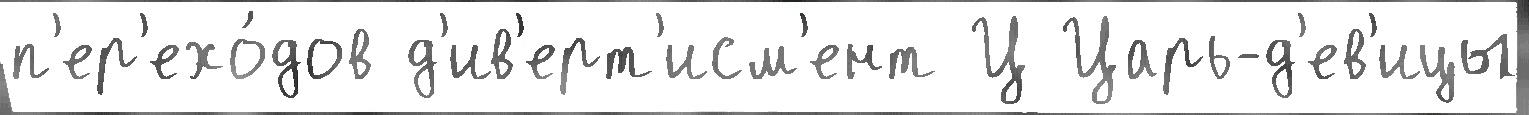
п'ер'ехо́дов д'ив'ерт'исм'ент Ц Царь-д'ев'ицы